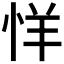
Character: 𰑘